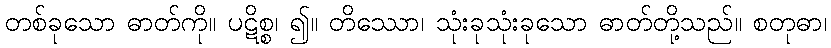
တစ်ခုသော ဓာတ်ကို။ ပဋိစ္စ၊ ၍။ တိဿော၊ သုံးခုသုံးခုသော ဓာတ်တို့သည်။ စတုဓာ၊